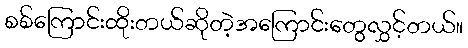
စစ်ကြောင်းထိုးတယ်ဆိုတဲ့အကြောင်းတွေလွှင့်တယ်။